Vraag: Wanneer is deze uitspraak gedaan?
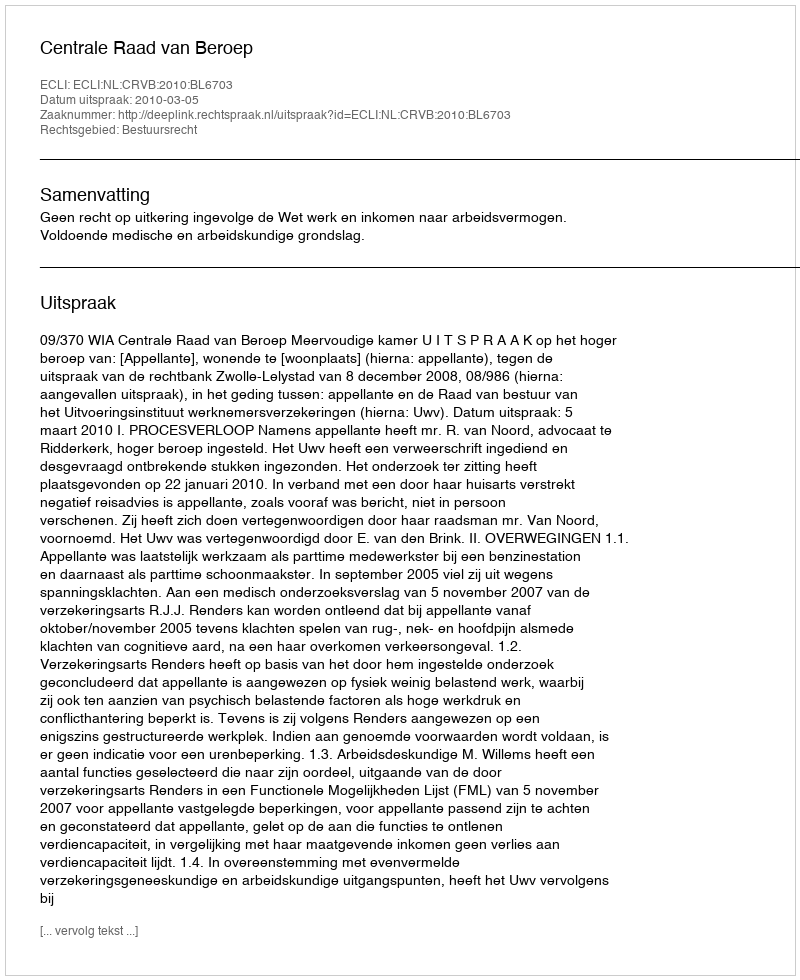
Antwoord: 2010-03-05